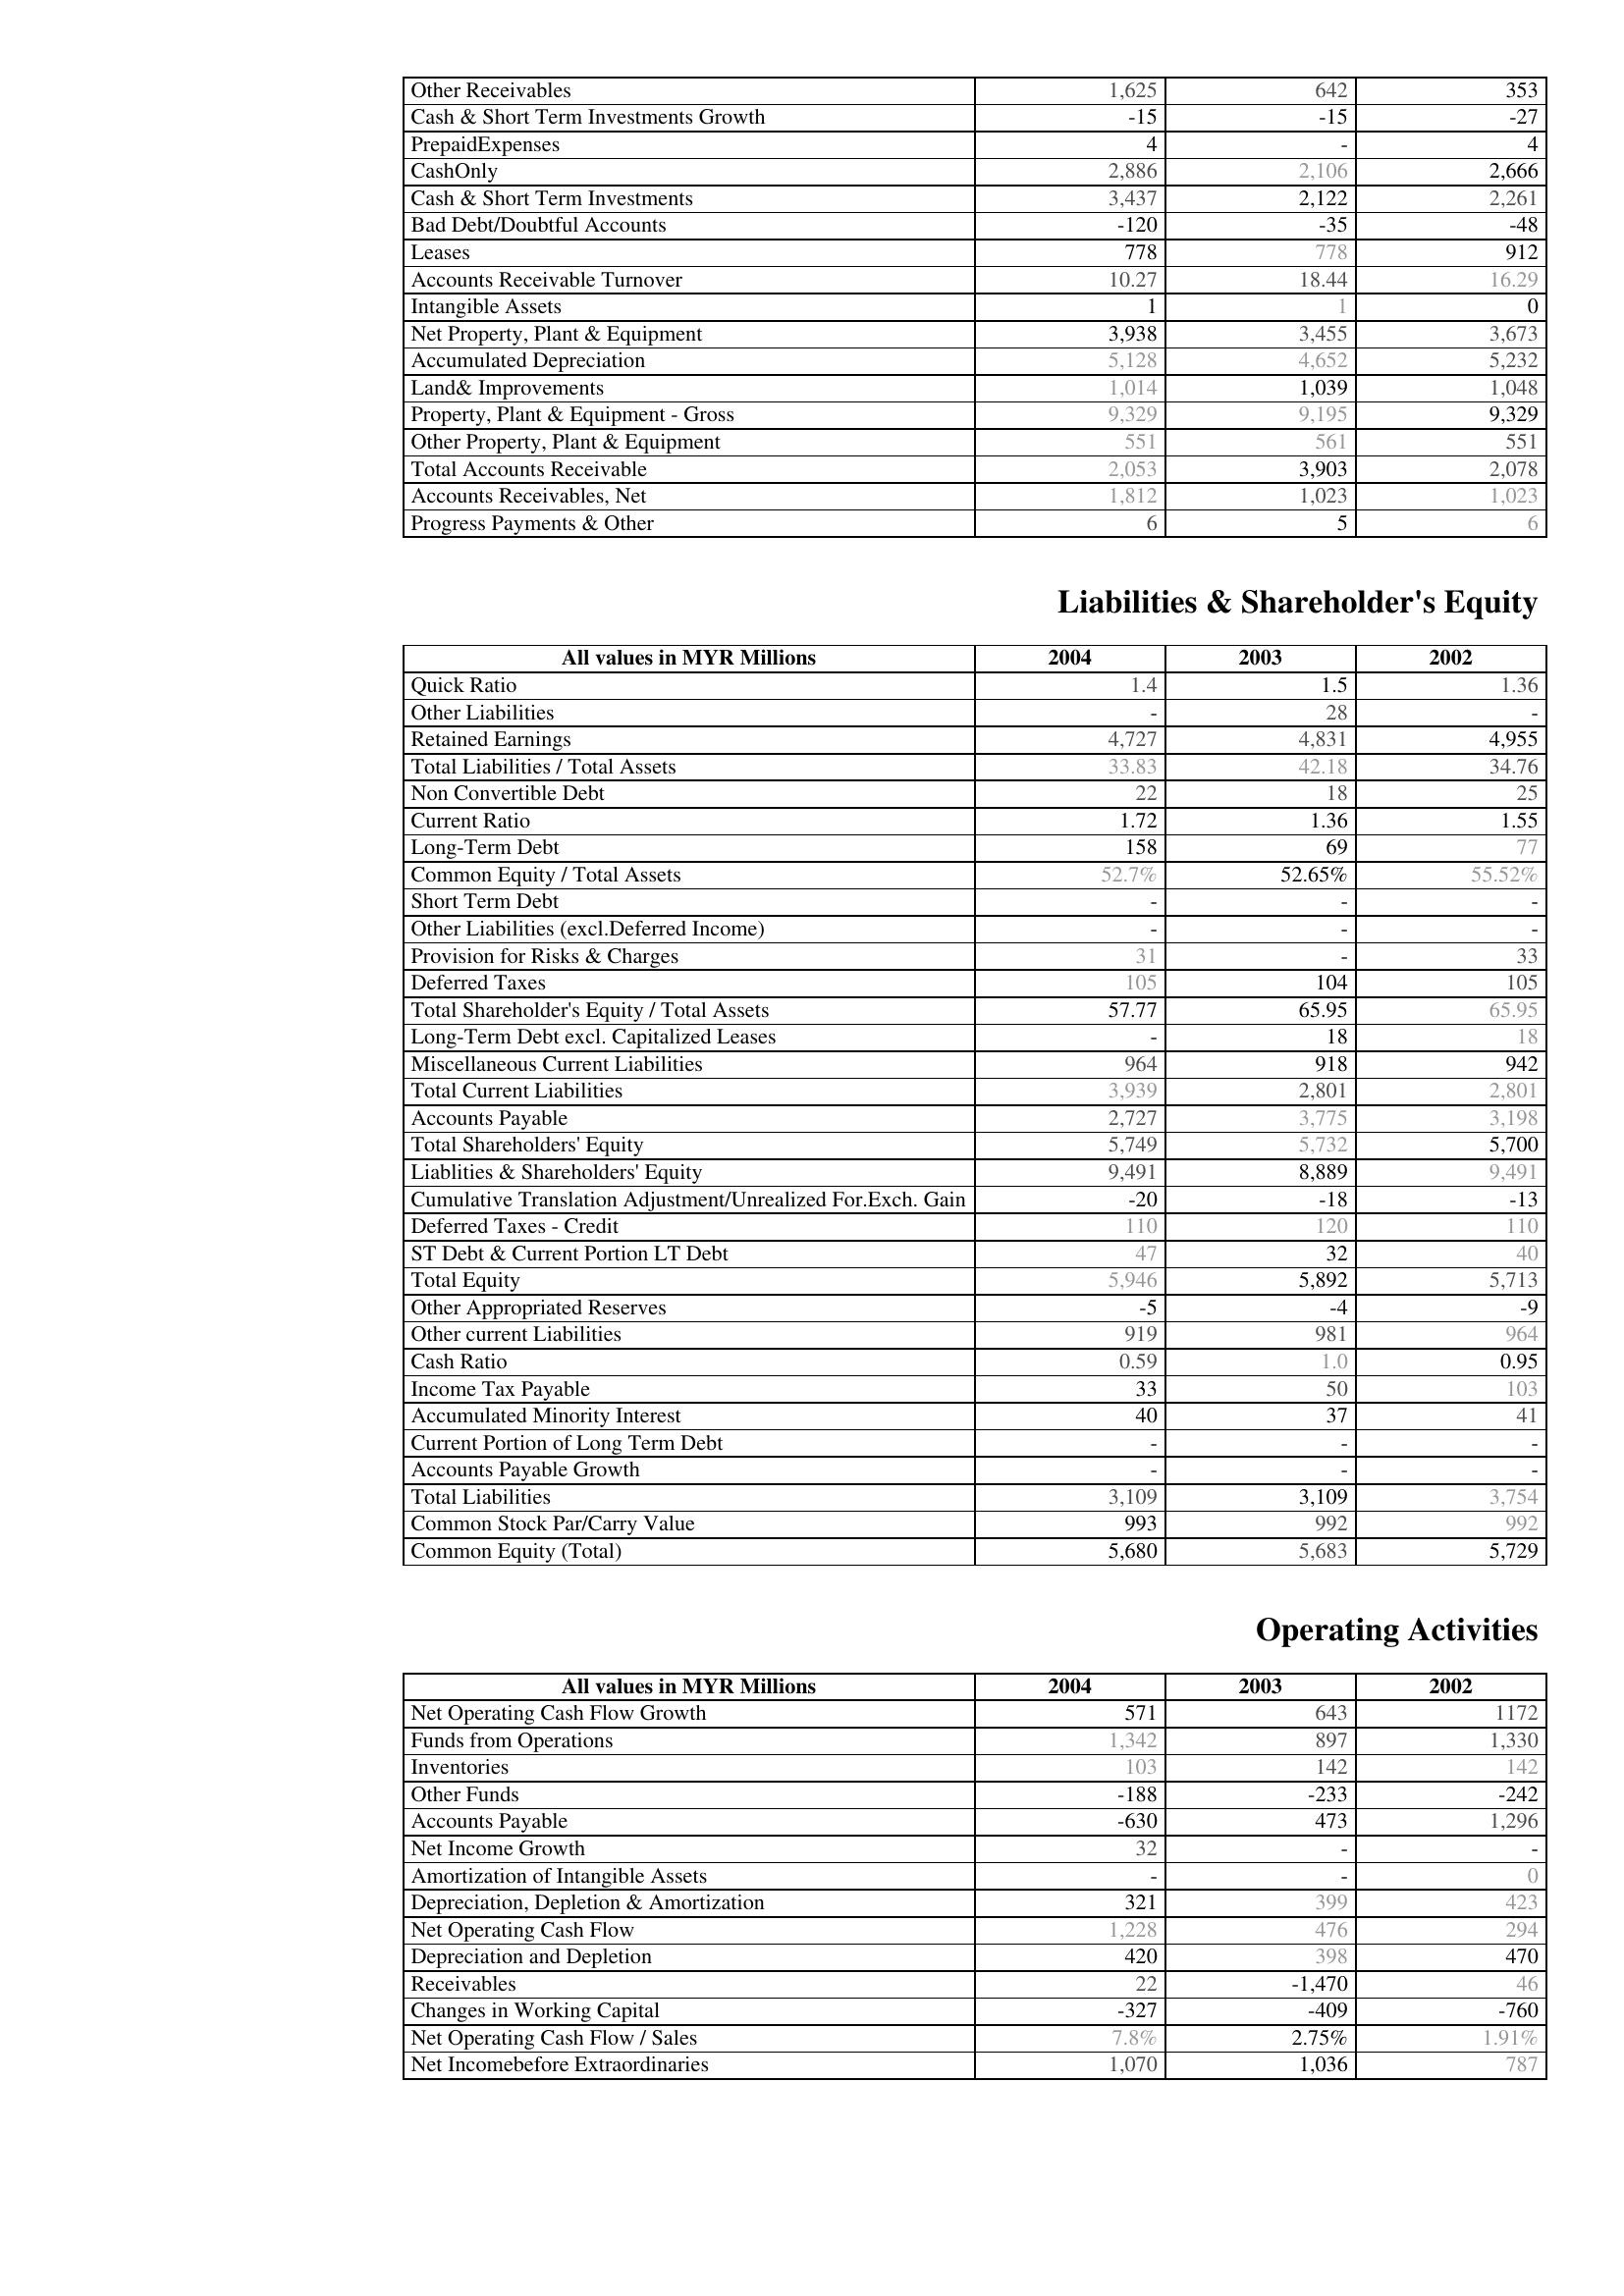
2004: Assets: Other Receivables: 1,625
Cash & Short Term Investments Growth: -15
PrepaidExpenses: 4
CashOnly: 2,886
Cash & Short Term Investments: 3,437
Bad Debt/Doubtful Accounts: -120
Leases: 778
Accounts Receivable Turnover: 10.27
Intangible Assets: 1
Net Property, Plant & Equipment: 3,938
Accumulated Depreciation: 5,128
Land& Improvements: 1,014
Property, Plant & Equipment - Gross : 9,329
Other Property, Plant & Equipment: 551
Total Accounts Receivable: 2,053
Accounts Receivables, Net: 1,812
Progress Payments & Other: 6
Liabilities & Shareholder's Equity: Quick Ratio: 1.4
Other Liabilities: -
Retained Earnings: 4,727
Total Liabilities / Total Assets: 33.83
Non Convertible Debt: 22
Current Ratio: 1.72
Long-Term Debt: 158
Common Equity / Total Assets: 52.7%
Short Term Debt: -
Other Liabilities (excl.Deferred Income): -
Provision for Risks & Charges: 31
Deferred Taxes: 105
Total Shareholder's Equity / Total Assets: 57.77
Long-Term Debt excl. Capitalized Leases: -
Miscellaneous Current Liabilities: 964
Total Current Liabilities: 3,939
Accounts Payable: 2,727
Total Shareholders' Equity: 5,749
Liablities & Shareholders' Equity: 9,491
Cumulative Translation Adjustment/Unrealized For.Exch. Gain: -20
Deferred Taxes - Credit: 110
ST Debt & Current Portion LT Debt: 47
Total Equity: 5,946
Other Appropriated Reserves: -5
Other current Liabilities: 919
Cash Ratio: 0.59
Income Tax Payable: 33
Accumulated Minority Interest: 40
Current Portion of Long Term Debt: -
Accounts Payable Growth: -
Total Liabilities: 3,109
Common Stock Par/Carry Value: 993
Common Equity (Total): 5,680
Operating Activities: Net Operating Cash Flow Growth: 571
Funds from Operations: 1,342
Inventories: 103
Other Funds: -188
Accounts Payable: -630
Net Income Growth: 32
Amortization of Intangible Assets: -
Depreciation, Depletion & Amortization: 321
Net Operating Cash Flow: 1,228
Depreciation and Depletion: 420
Receivables: 22
Changes in Working Capital: -327
Net Operating Cash Flow / Sales: 7.8%
Net Incomebefore Extraordinaries: 1,070
2003: Assets: Other Receivables: 642
Cash & Short Term Investments Growth: -15
PrepaidExpenses: -
CashOnly: 2,106
Cash & Short Term Investments: 2,122
Bad Debt/Doubtful Accounts: -35
Leases: 778
Accounts Receivable Turnover: 18.44
Intangible Assets: 1
Net Property, Plant & Equipment: 3,455
Accumulated Depreciation: 4,652
Land& Improvements: 1,039
Property, Plant & Equipment - Gross : 9,195
Other Property, Plant & Equipment: 561
Total Accounts Receivable: 3,903
Accounts Receivables, Net: 1,023
Progress Payments & Other: 5
Liabilities & Shareholder's Equity: Quick Ratio: 1.5
Other Liabilities: 28
Retained Earnings: 4,831
Total Liabilities / Total Assets: 42.18
Non Convertible Debt: 18
Current Ratio: 1.36
Long-Term Debt: 69
Common Equity / Total Assets: 52.65%
Short Term Debt: -
Other Liabilities (excl.Deferred Income): -
Provision for Risks & Charges: -
Deferred Taxes: 104
Total Shareholder's Equity / Total Assets: 65.95
Long-Term Debt excl. Capitalized Leases: 18
Miscellaneous Current Liabilities: 918
Total Current Liabilities: 2,801
Accounts Payable: 3,775
Total Shareholders' Equity: 5,732
Liablities & Shareholders' Equity: 8,889
Cumulative Translation Adjustment/Unrealized For.Exch. Gain: -18
Deferred Taxes - Credit: 120
ST Debt & Current Portion LT Debt: 32
Total Equity: 5,892
Other Appropriated Reserves: -4
Other current Liabilities: 981
Cash Ratio: 1.0
Income Tax Payable: 50
Accumulated Minority Interest: 37
Current Portion of Long Term Debt: -
Accounts Payable Growth: -
Total Liabilities: 3,109
Common Stock Par/Carry Value: 992
Common Equity (Total): 5,683
Operating Activities: Net Operating Cash Flow Growth: 643
Funds from Operations: 897
Inventories: 142
Other Funds: -233
Accounts Payable: 473
Net Income Growth: -
Amortization of Intangible Assets: -
Depreciation, Depletion & Amortization: 399
Net Operating Cash Flow: 476
Depreciation and Depletion: 398
Receivables: -1,470
Changes in Working Capital: -409
Net Operating Cash Flow / Sales: 2.75%
Net Incomebefore Extraordinaries: 1,036
2002: Assets: Other Receivables: 353
Cash & Short Term Investments Growth: -27
PrepaidExpenses: 4
CashOnly: 2,666
Cash & Short Term Investments: 2,261
Bad Debt/Doubtful Accounts: -48
Leases: 912
Accounts Receivable Turnover: 16.29
Intangible Assets: 0
Net Property, Plant & Equipment: 3,673
Accumulated Depreciation: 5,232
Land& Improvements: 1,048
Property, Plant & Equipment - Gross : 9,329
Other Property, Plant & Equipment: 551
Total Accounts Receivable: 2,078
Accounts Receivables, Net: 1,023
Progress Payments & Other: 6
Liabilities & Shareholder's Equity: Quick Ratio: 1.36
Other Liabilities: -
Retained Earnings: 4,955
Total Liabilities / Total Assets: 34.76
Non Convertible Debt: 25
Current Ratio: 1.55
Long-Term Debt: 77
Common Equity / Total Assets: 55.52%
Short Term Debt: -
Other Liabilities (excl.Deferred Income): -
Provision for Risks & Charges: 33
Deferred Taxes: 105
Total Shareholder's Equity / Total Assets: 65.95
Long-Term Debt excl. Capitalized Leases: 18
Miscellaneous Current Liabilities: 942
Total Current Liabilities: 2,801
Accounts Payable: 3,198
Total Shareholders' Equity: 5,700
Liablities & Shareholders' Equity: 9,491
Cumulative Translation Adjustment/Unrealized For.Exch. Gain: -13
Deferred Taxes - Credit: 110
ST Debt & Current Portion LT Debt: 40
Total Equity: 5,713
Other Appropriated Reserves: -9
Other current Liabilities: 964
Cash Ratio: 0.95
Income Tax Payable: 103
Accumulated Minority Interest: 41
Current Portion of Long Term Debt: -
Accounts Payable Growth: -
Total Liabilities: 3,754
Common Stock Par/Carry Value: 992
Common Equity (Total): 5,729
Operating Activities: Net Operating Cash Flow Growth: 1172
Funds from Operations: 1,330
Inventories: 142
Other Funds: -242
Accounts Payable: 1,296
Net Income Growth: -
Amortization of Intangible Assets: 0
Depreciation, Depletion & Amortization: 423
Net Operating Cash Flow: 294
Depreciation and Depletion: 470
Receivables: 46
Changes in Working Capital: -760
Net Operating Cash Flow / Sales: 1.91%
Net Incomebefore Extraordinaries: 787